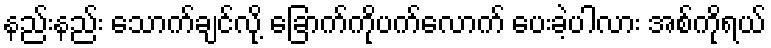
နည်းနည်း သောက်ချင်လို့ ခြောက်ကိုပက်လောက် ပေးခဲ့ပါလား အစ်ကိုရယ်